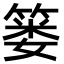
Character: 篓